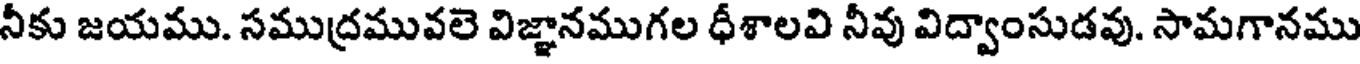
నీకు జయము. సముద్రమువలె విజ్ఞానముగల ధీశాలవి నీవు విద్వాంసుడవు. సామగానము